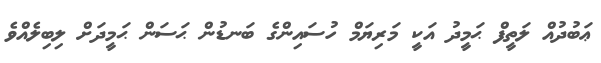
ޢަބުދުއް ލަތީފް ޙަމީދު އަކީ މަރިޔަމް ހުސައިންގެ ބަނޑުން ޙަސަން ޙަމީދަށް ލިބިލެއްވެ